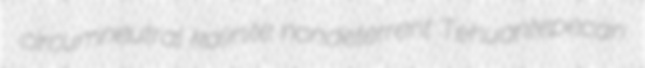
circumneutral kalinite nondeterrent Tehuantepecan